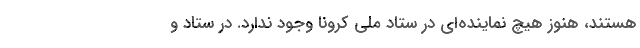
هستند، هنوز هیچ نماینده‌ای در ستاد ملی کرونا وجود ندارد. در ستاد و